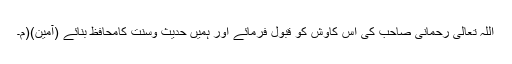
اللہ تعالی رحمانی صاحب کی اس کاوش کو قبول فرمائے اور ہمیں حدیث وسنت کامحافظ بنائے (آمین)(م۔